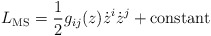
\begin{align*}L_{\rm MS} = {1\over 2} g_{ij}(z) \dot z^i \dot z^j + {\rm constant}\end{align*}